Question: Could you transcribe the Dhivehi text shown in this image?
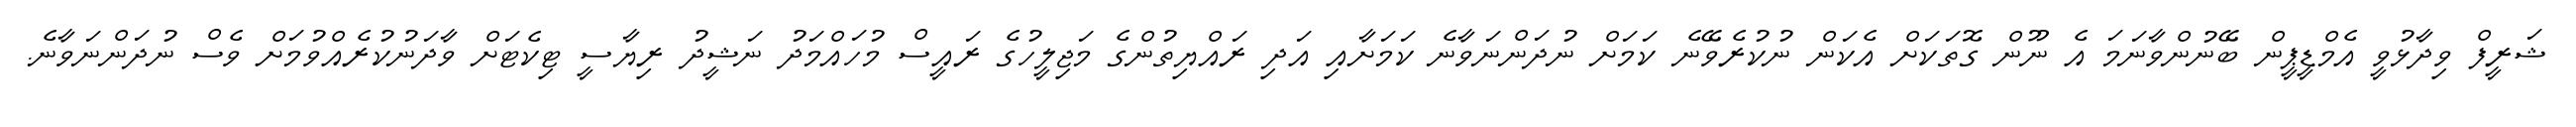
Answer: ޝަރީފް ވިދާޅުވީ އެމްޑީޕީން ބޭނުންވާނަމަ އެ ނޫން ގޮތަކަށް އެކަން ނުކުރެވޭނެ ކަމަށް ނުދަންނަވާނެ ކަމަށާއި އަދި ރައްޔިތުންގެ މަޖިލީހުގެ ރައީސް މުހައްމަދު ނަޝީދު ރިޔާސީ ޓިކެޓަށް ވާދަނުކުރެއްވުމަށް ވެސް ނުދަންނަވާނެ.